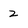
Character: 2